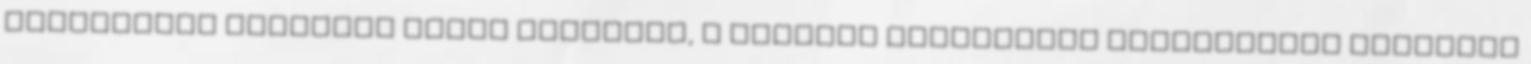
beérkezett pályázat közül tizenhat, a témához csatlakozó kiselőadást fogadtak